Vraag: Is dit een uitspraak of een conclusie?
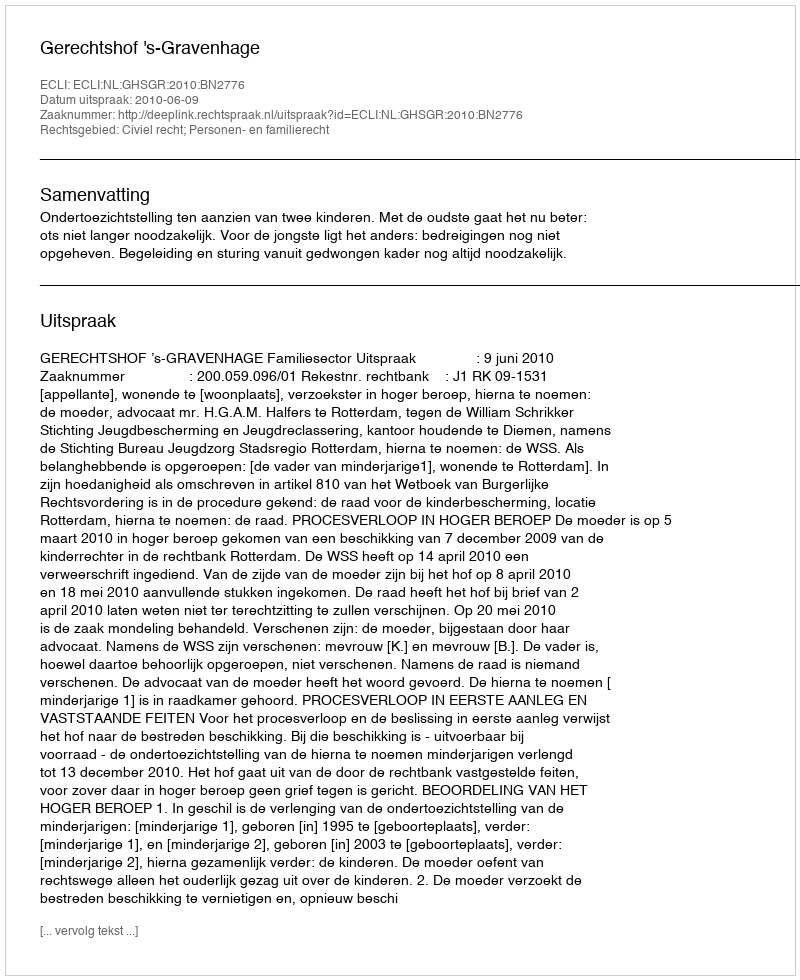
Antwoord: Uitspraak